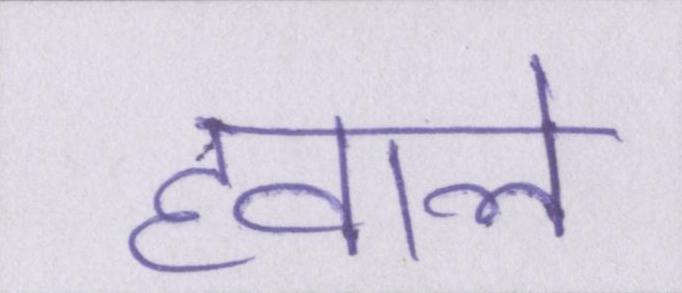
हवाले